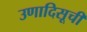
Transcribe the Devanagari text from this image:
उणादिसूची